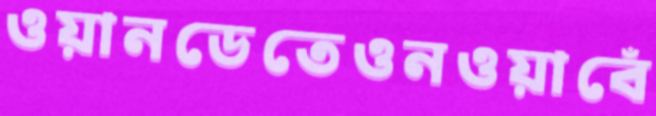
ওয়ানডেতেওনওয়াবেঁ